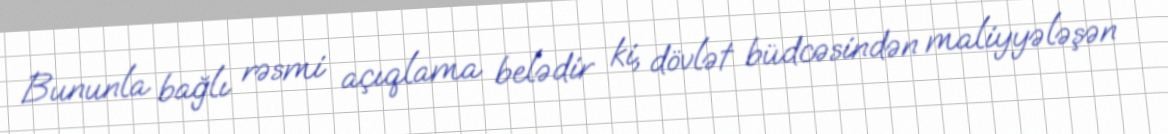
Bununla bağlı rəsmi açıqlama belədir ki, dövlət büdcəsindən maliyyələşən